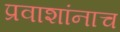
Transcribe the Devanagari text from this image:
प्रवाशांनाच